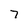
Character: 7